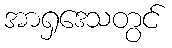
အာရှဒေသတွင်